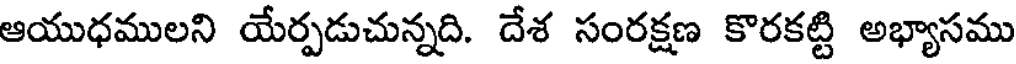
ఆయుధములని యేర్పడుచున్నది. దేశ సంరక్షణ కొరకట్టి అభ్యాసము